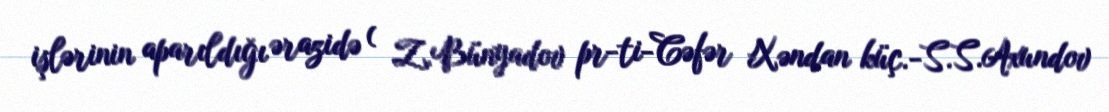
işlərinin aparıldığı ərazidə ( Z.Bünyadov pr-ti-Cəfər Xəndan küç.-S.S.Axundov